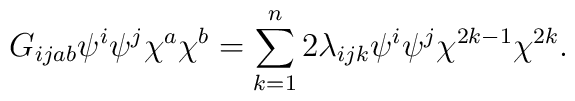
G_{ijab}\psi^i\psi^j\chi^a\chi^b=\sum\limits_{k=1}^n 2 \lambda_{ijk} \psi^i \psi^j \chi^{2k-1} \chi^{2k}.